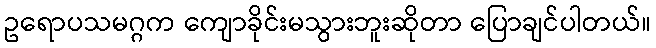
ဥရောပသမဂ္ဂက ကျောခိုင်းမသွားဘူးဆိုတာ ပြောချင်ပါတယ်။